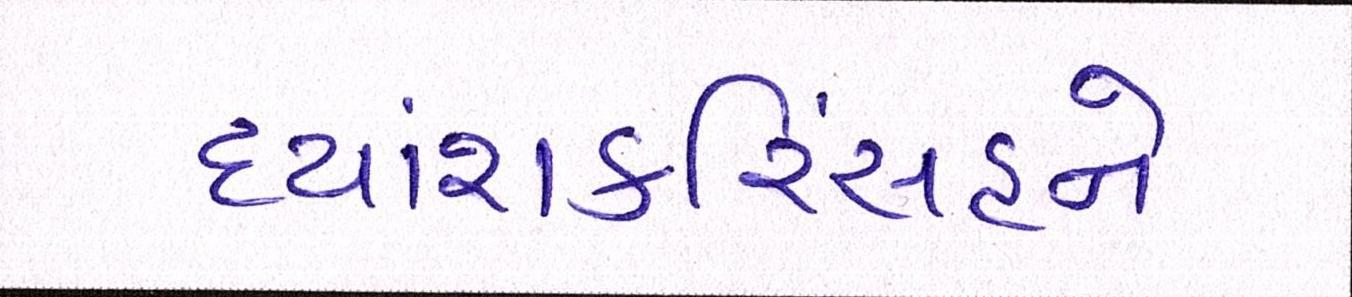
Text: દયાશંકરિંસહને